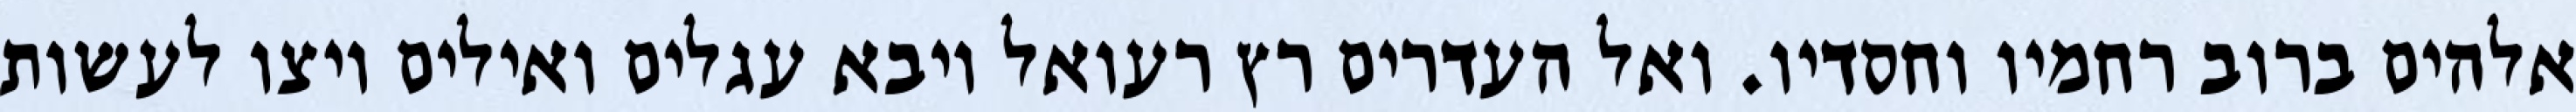
אלהים ברוב רחמיו וחסדיו. ואל העדרים רץ רעואל ויבא עגלים ואילים ויצו לעשות